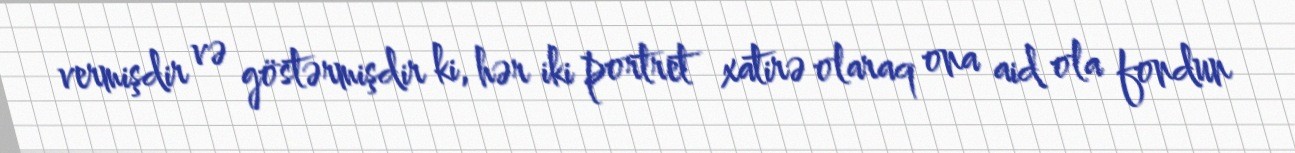
vermişdir və göstərmişdir ki, hər iki portret xatirə olaraq ona aid ola fondun